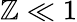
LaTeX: \mathbb{Z}\ll1